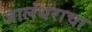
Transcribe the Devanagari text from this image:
जालंधराचा